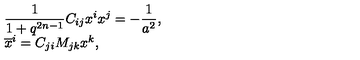
\begin{array} { l } { \displaystyle \frac { 1 } { 1 + q ^ { 2 n - 1 } } C _ { i j } x ^ { i } x ^ { j } = - \frac { 1 } { a ^ { 2 } } , } \\ { { \overline { x } ^ { i } } = C _ { j i } M _ { j k } x ^ { k } , } \\ \end{array}